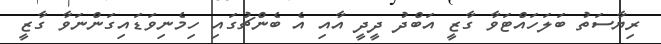
ރިޔާސަތު ބަލަހައްޓަވާ ގާޒީ އަބްދު ދީދީ އާއި އެ ބެންޗުގައި ހިމެނިވަޑައިގަންނަވާ ގާޒީ